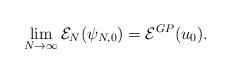
LaTeX: \begin{align*}\lim_{N\rightarrow\infty}\mathcal{E}_N(\psi_{N,0})=\mathcal{E}^{GP}(u_0).\end{align*}